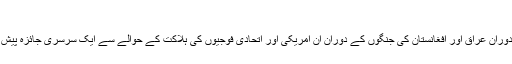
​
معاملے کو درست تناظر ميں سمجھنے کے لیے گزشتہ دو دہائيوں کے دوران عراق اور افغانستان کی جنگوں کے دوران ان امريکی اور اتحادی فوجيوں کی ہلاکت کے حوالے سے ايک سرسری جائزہ پيش ہے جو مختلف "فرينڈلی فائر" واقعات ميں اپنی جان سے ہاتھ دھو بيٹھے۔